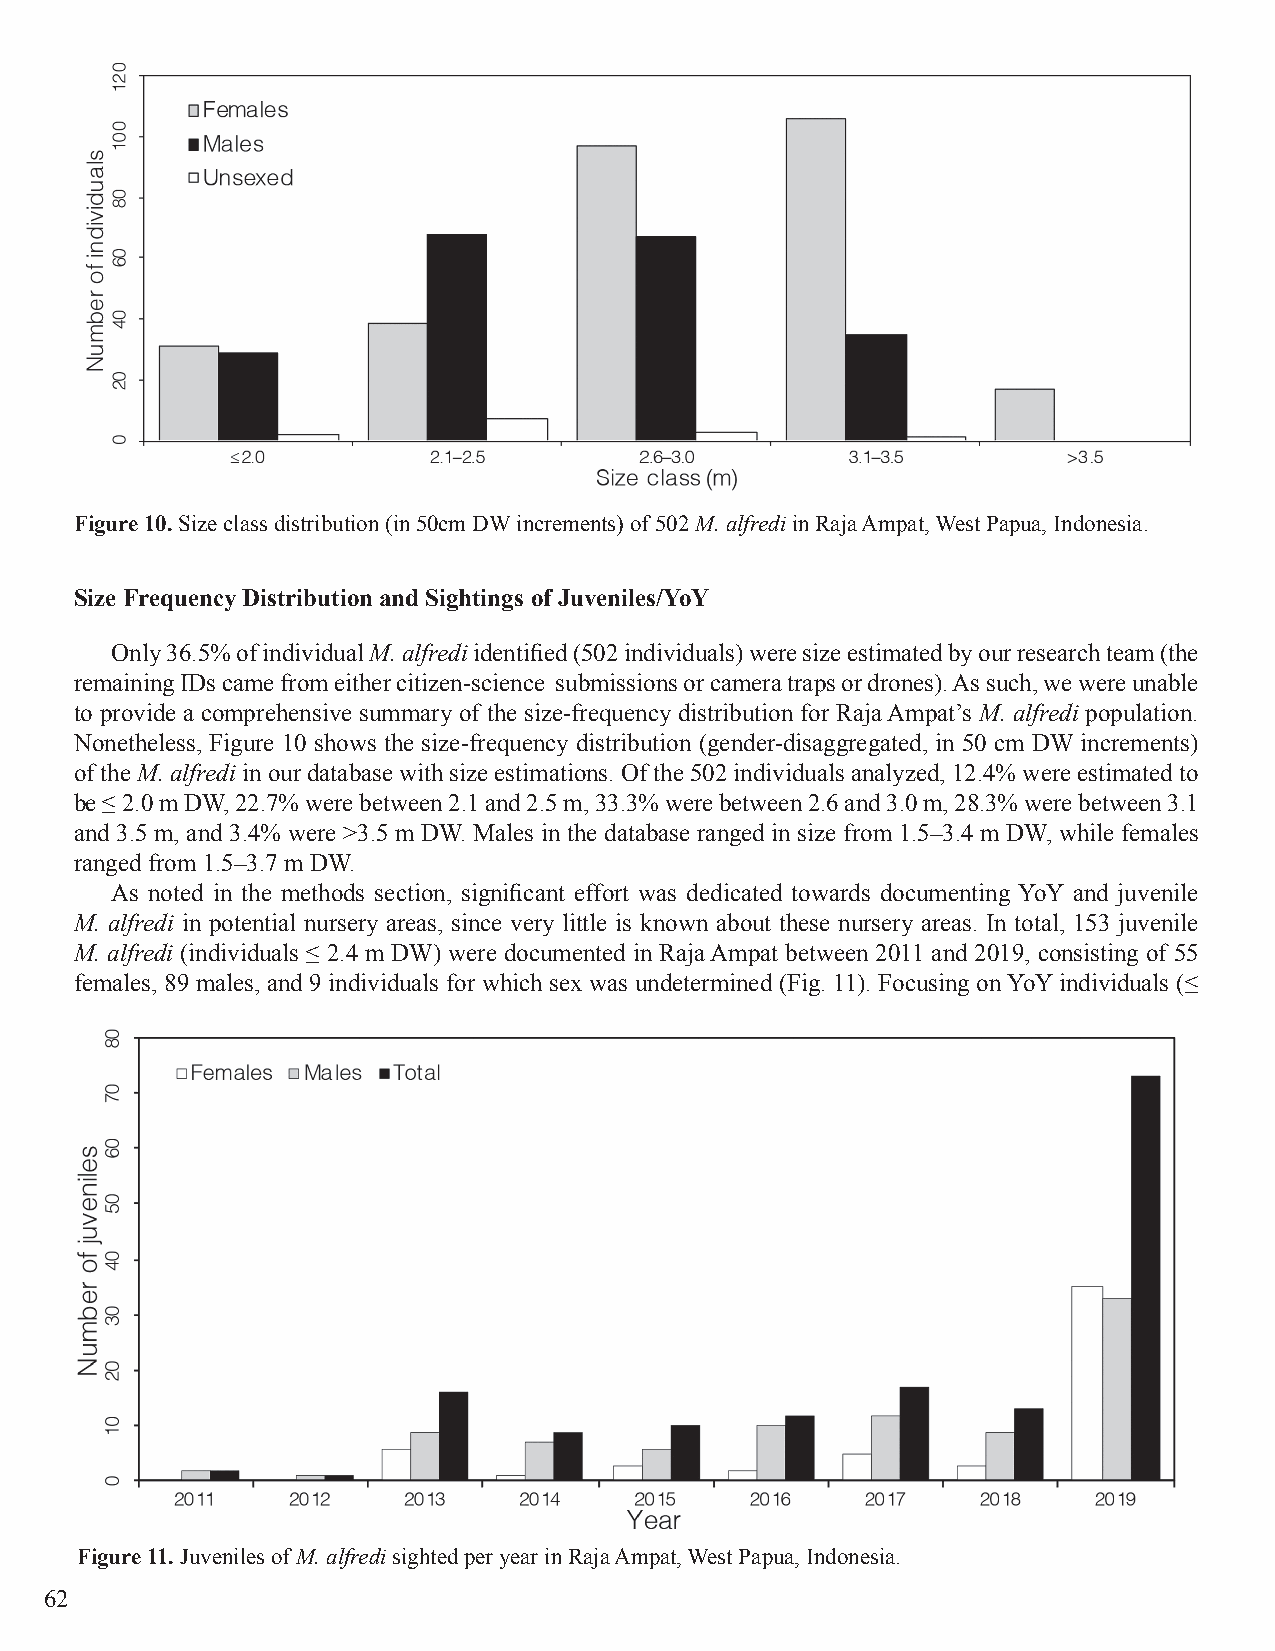
Figure 10. Size class distribution (in 50cm DW increments) of 502 M. alfredi in Raja Ampat, West Papua, Indonesia.
 Size Frequency Distribution and Sightings of Juveniles/YoY
 Only 36.5% of individual M. alfredi identified (502 individuals) were size estimated by our research team (the
 remaining IDs came from either citizen-science submissions or camera traps or drones). As such, we were unable
 to provide a comprehensive summary of the size-frequency distribution for Raja Ampat’s M. alfredi population.
 Nonetheless, Figure 10 shows the size-frequency distribution (gender-disaggregated, in 50 cm DW increments)
 of the M. alfredi in our database with size estimations. Of the 502 individuals analyzed, 12.4% were estimated to
 be ≤ 2.0 m DW, 22.7% were between 2.1 and 2.5 m, 33.3% were between 2.6 and 3.0 m, 28.3% were between 3.1
 and 3.5 m, and 3.4% were >3.5 m DW. Males in the database ranged in size from 1.5–3.4 m DW, while females
 ranged from 1.5–3.7 m DW.
 As noted in the methods section, significant effort was dedicated towards documenting YoY and juvenile
 M. alfredi in potential nursery areas, since very little is known about these nursery areas. In total, 153 juvenile
 M. alfredi (individuals ≤ 2.4 m DW) were documented in Raja Ampat between 2011 and 2019, consisting of 55
 females, 89 males, and 9 individuals for which sex was undetermined (Fig. 11). Focusing on YoY individuals (≤
 Figure 11. Juveniles of M. alfredi sighted per year in Raja Ampat, West Papua, Indonesia.
 62